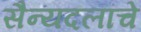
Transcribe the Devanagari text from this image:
सैन्यदलांचे